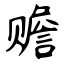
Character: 赡